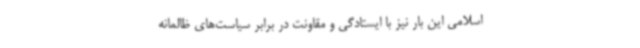
اسلامی این بار نیز با ایستادگی و مقاونت در برابر سیاست‌های ظالمانه